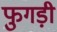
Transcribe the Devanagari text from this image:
फुगड़ी